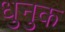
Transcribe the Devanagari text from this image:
धुनुक